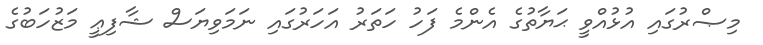
މިޞްރުގައި އުޅުއްވީ ޙަޔާތުގެ އެންމެ ފަހު ހަތަރު އަހަރުގައި ނަމަވިޔަސް ޝާފިޢީ މަޒުހަބުގެ